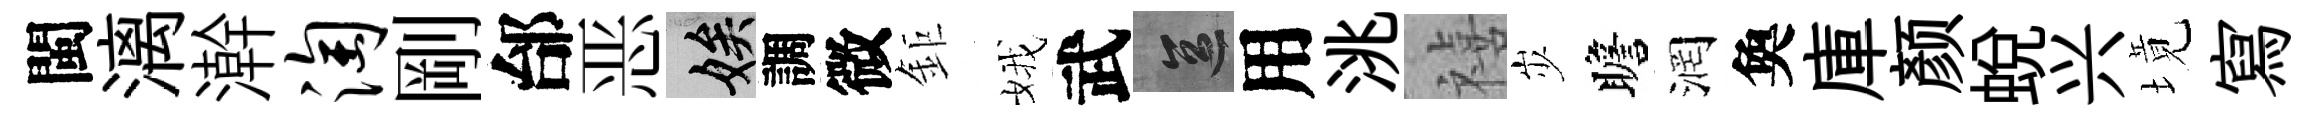
閩漓澣淘剛邰恶娭調微鉅娥武區用洮禧𡵯瞻润奐庫颜蜕兴境寫